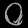
Digit: ၀